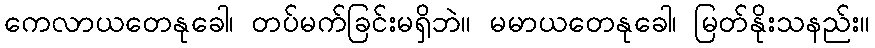
ကေလာယတေနုခေါ၊ တပ်မက်ခြင်းမရှိဘဲ။ မမာယတေနုခေါ၊ မြတ်နိုးသနည်း။